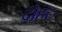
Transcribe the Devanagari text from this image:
दोहट